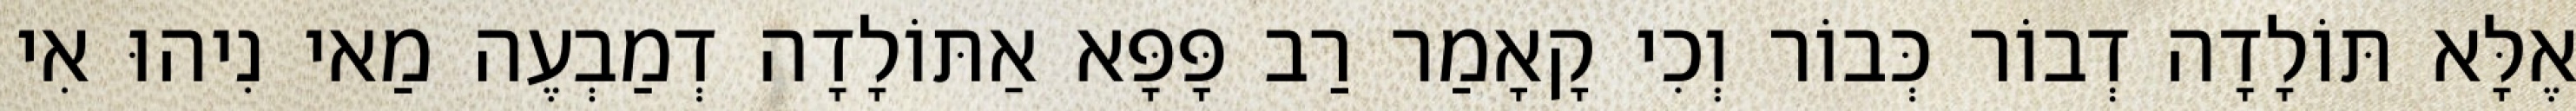
אֶלָּא תּוֹלָדָה דְבוֹר כְּבוֹר וְכִי קָאָמַר רַב פָּפָּא אַתּוֹלָדָה דְמַבְעֶה מַאי נִיהוּ אִי